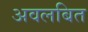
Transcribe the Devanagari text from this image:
अवलबित